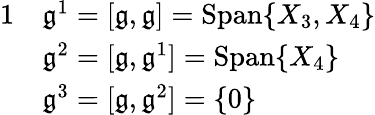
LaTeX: \begin{array}{rl}{{1}}&{\mathfrak{g}^{1}=[\mathfrak{g},\mathfrak{g}]=\mathrm{Span}\{ X_{3},X_{4}\} }\\ &{\mathfrak{g}^{2}=[\mathfrak{g},\mathfrak{g}^{1}]=\mathrm{Span}\{ X_{4}\} }\\ &{\mathfrak{g}^{3}=[\mathfrak{g},\mathfrak{g}^{2}]=\{ 0\} }\end{array}